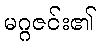
မဂ္ဂဇင်း၏